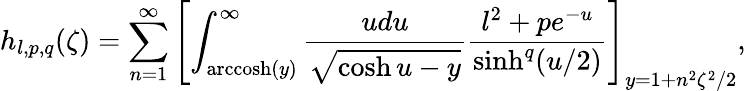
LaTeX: h_{l,p,q}(\zeta)=\sum_{n=1}^{\infty}\left[\int_{\mathrm{arccosh}(y)}^{\infty}\frac{udu}{\sqrt{\cosh u-y}}\frac{l^{2}+pe^{-u}}{\sinh^{q}(u/2)}\right]_{y=1+n^{2}\zeta^{2}/2},